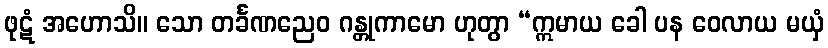
ဖုဋံ အဟောသိ။ သော တင်္ခဏညေဝ ဂန္တုကာမော ဟုတွာ “ဣမာယ ခေါ ပန ဝေလာယ မယှံ